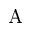
\mathrm { A }